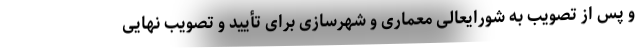
و پس از تصویب به شورایعالی معماری و شهرسازی برای تأیید و تصویب نهایی